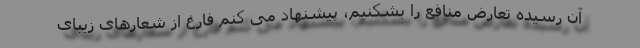
آن رسیده تعارض منافع را بشکنیم، پیشنهاد می کنم فارغ از شعارهای زیبای